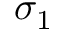
\sigma _ { 1 }